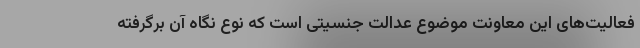
فعالیت‌های این معاونت موضوع عدالت جنسیتی است که نوع نگاه آن برگرفته